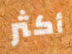
أكثر